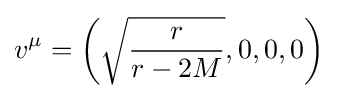
v^{\mu }=\left({\sqrt {\frac {r}{r-2M}}},0,0,0\right)